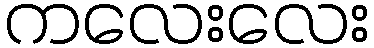
ကလေးလေး